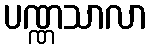
ပဏ္ဏသာလာ